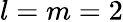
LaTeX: l=m=2